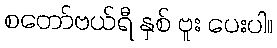
စတော်ဗယ်ရီ နှစ် ဗူး ပေးပါ။